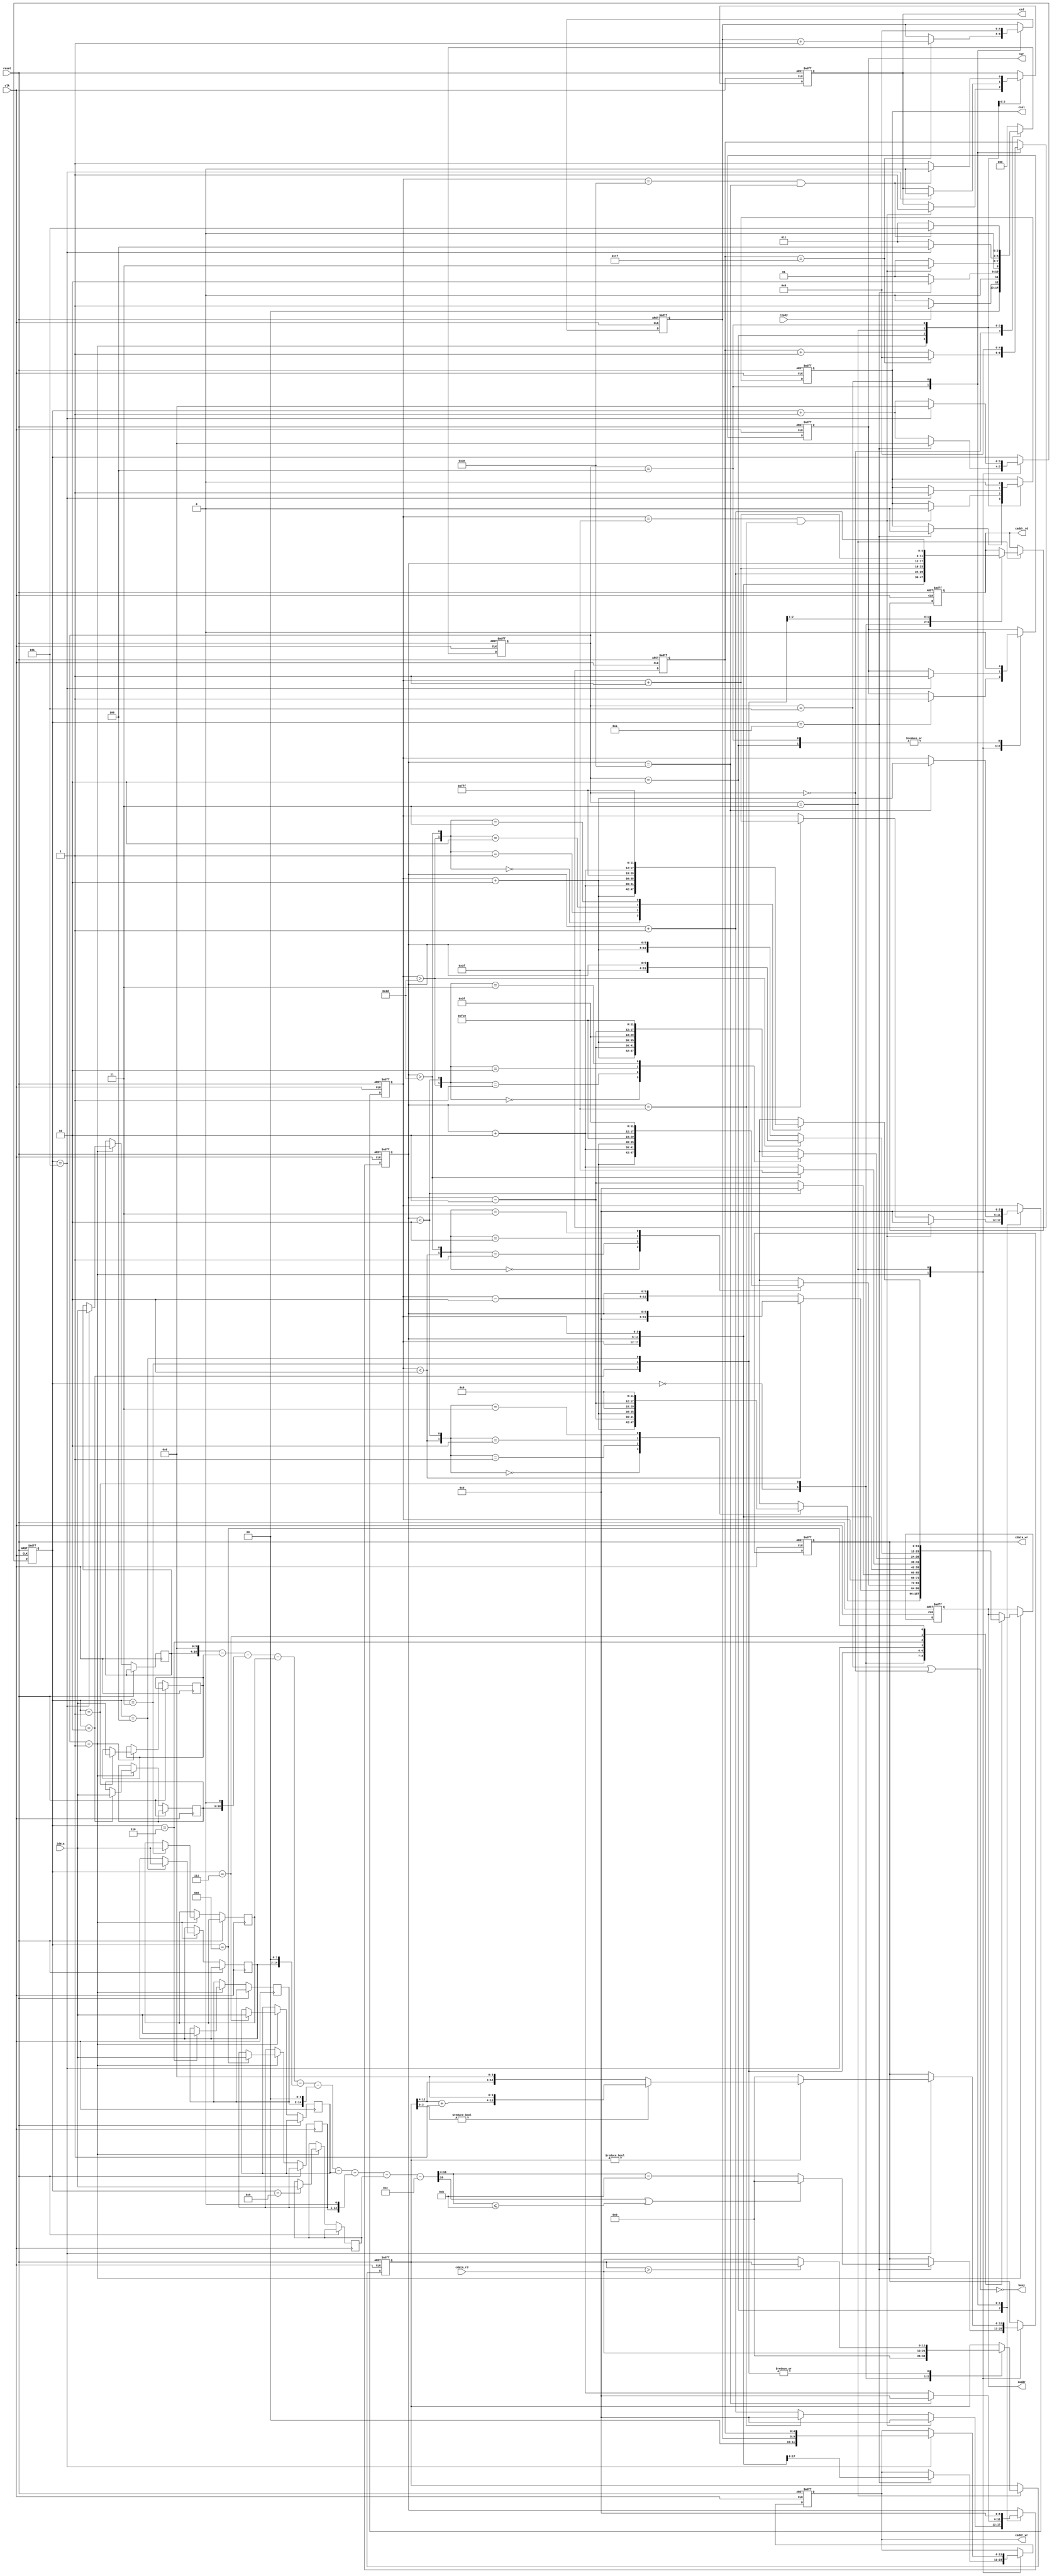
`timescale 1ns/10ps
module  ATCONV(
	input		clk,
	input		reset,
	output 	    busy,	
	input		ready,	
			
	output reg	[11:0]	iaddr,
	input signed [12:0]	idata,
	
	output	reg 	cwr,
	output  reg	[11:0]	caddr_wr,
	output reg 	[12:0] 	cdata_wr,
	
	output	reg 	crd,
	output reg	[11:0] 	caddr_rd,
	input 	[12:0] 	cdata_rd,
	
	output reg 	csel
	);

//=================================================
//            write your design below
//=================================================
	
	reg [2:0] cur_state, next_state;
	localparam IDLE = 3'd0;
	localparam READ_IMAGE = 3'd1;
	localparam WRITE_MEM0 = 3'd2;
	localparam READ_MEM0 = 3'd3;
	localparam WRITE_MEM1 = 3'd4;
	localparam FINISH = 3'd5;

	reg [5:0] col, row;
	reg [4:0] tempX_L0, tempY_L0;
	reg [3:0] cnt;
	
	wire [3:0] is_pad;
	assign is_pad[0] = (col < 6'd2);
	assign is_pad[1] = (col > 6'd61);
	assign is_pad[2] = (row < 6'd2);
	assign is_pad[3] = (row > 6'd61);

	assign busy = !(cur_state == FINISH || cur_state == IDLE);
	
    reg signed [12:0] img_buff[0:8];
	wire signed [29:0] conv_sum;
    assign conv_sum = (img_buff[4]<<4)-(img_buff[0])-(img_buff[1]<<1)-(img_buff[2])-(img_buff[3]<<2)-(img_buff[5]<<2)-(img_buff[6])-(img_buff[7]<<1)-(img_buff[8])-4'd12;

	reg [12:0] max;

	always @(posedge clk or posedge reset) begin
		if(reset) cur_state <= IDLE; 
		else cur_state <= next_state;
	end
	
	always @(*) begin
		case(cur_state)
			IDLE: begin
				if(ready == 1'b1) next_state = READ_IMAGE;
				else next_state = IDLE;
			end
			READ_IMAGE: begin
				if(cnt == 4'd10) next_state = WRITE_MEM0;
				else next_state = READ_IMAGE;
			end
			WRITE_MEM0: begin
				if(row == 6'd63 && col == 6'd63) next_state = READ_MEM0;
				else next_state = READ_IMAGE;
			end
			READ_MEM0: begin
				if(cnt == 4'd5) next_state = WRITE_MEM1;
				else next_state = READ_MEM0;
			end
			WRITE_MEM1: begin
				if(row == 6'd62 && col == 6'd62) next_state = FINISH;
				else next_state = READ_MEM0;
			end
			FINISH: begin
				next_state = IDLE;
			end
			default: begin
				next_state = IDLE;
			end
		endcase
	end

	always @(posedge clk or posedge reset) begin
		if(reset) begin
			col <= 6'd0;
			row <= 6'd0;
			cnt <= 4'd0;
			tempX_L0 <= 5'd0;
			tempY_L0 <= 5'd0;
			csel <= 1'b0;
			cwr <= 1'b0;
			crd <= 1'b0;
			max <= 13'd0;
			iaddr <= 12'd0;
			caddr_rd <= 12'd0;
			caddr_wr <= 12'd0;
			cdata_wr <= 13'd0;
		end
		else begin
			case(cur_state)
				READ_IMAGE: begin
					case(cnt)
						4'd0: begin  // {row-2, col-2}
							case({is_pad[2], is_pad[0]})
								2'b00: iaddr <= {row-6'd2, col-6'd2};
								2'b01: iaddr <= {row-6'd2, 6'd0};
								2'b10: iaddr <= {6'd0, col-6'd2};
								2'b11: iaddr <= {6'd0, 6'd0};
						    endcase
						end
						4'd1: begin  // {row-2, col}
							if(is_pad[2] == 1'b1) iaddr <= {6'd0, col};
							else iaddr <= {row-6'd2, col};
                            img_buff[0] <= idata;
						end
						4'd2: begin  // {row-2, col+2}
							case({is_pad[2], is_pad[1]})
								2'b00: iaddr <= {row-6'd2, col+6'd2};
								2'b01: iaddr <= {row-6'd2, 6'd63};
								2'b10: iaddr <= {6'd0, col+6'd2};
								2'b11: iaddr <= {6'd0, 6'd63};
							endcase
                            img_buff[1] <= idata;
						end
						4'd3: begin  // {row, col-2}
							if(is_pad[0] == 1'b1) iaddr <= {row, 6'd0};
							else iaddr <= {row, col-6'd2};
                            img_buff[2] <= idata;
						end
						4'd4: begin  // {row, col}
							iaddr <= {row, col};
                            img_buff[3] <= idata;
						end
						4'd5: begin  // {row, col+2}
							if(is_pad[1] == 1'b1) iaddr <= {row, 6'd63};
							else iaddr <= {row, col+6'd2};
                            img_buff[4] <= idata;
						end
						4'd6: begin  // {row+2, col-2}
							case({is_pad[3], is_pad[0]})
								2'b00: iaddr <= {row+6'd2, col-6'd2};
								2'b01: iaddr <= {row+6'd2, 6'd0};
								2'b10: iaddr <= {6'd63, col-6'd2};
								2'b11: iaddr <= {6'd63, 6'd0};
							endcase
                            img_buff[5] <= idata;
						end
						4'd7: begin  // {row+2, col}
							if(is_pad[3] == 1'b1) iaddr <= {6'd63, col};
							else iaddr <= {row+6'd2, col};
                            img_buff[6] <= idata;
						end
						4'd8: begin  // {row+2, col+2}
							case({is_pad[3], is_pad[1]})
								2'b00: iaddr <= {row+6'd2, col+6'd2};
								2'b01: iaddr <= {row+6'd2, 6'd63};
								2'b10: iaddr <= {6'd63, col+6'd2};
								2'b11: iaddr <= {6'd63, 6'd63};
							endcase
                            img_buff[7] <= idata;
						end
						4'd9: begin
                            img_buff[8] <= idata;
						end
						4'd10: begin
							caddr_wr <= {row, col};
							cdata_wr <= (conv_sum[16] || conv_sum[16:4] <= 13'd11)? 13'd0 : conv_sum[16:4]-13'd11;
						end
					endcase

					if(cnt == 10) begin
						cnt <= 4'd0;
						cwr <= 1'b1;
						csel <= 1'b0;
					end
					else 
						cnt <= cnt + 4'd1;
				end
				WRITE_MEM0: begin
					cwr <= 1'b0;
					
					if(col == 6'd63) begin
						col <= 6'd0;
						row <= row + 6'd1;
					end
					else 
						col <= col + 6'd1;

					if(row == 6'd63 && col == 6'd63) begin
						row <= 6'd0;
						col <= 6'd0;
						cwr <= 1'b0;
						crd <= 1'b1;
						csel <= 1'b0;
					end
				end
				READ_MEM0: begin
					case(cnt)
						4'd0: begin
							caddr_rd <= {row, col};
							max <= 13'd0;
						end
						4'd1: begin
							caddr_rd <= {row, col+6'd1};
							max <= cdata_rd;
						end
						4'd2: begin
							caddr_rd <= {row+6'd1, col};
							max <= (max > cdata_rd)? max : cdata_rd; 
						end
						4'd3: begin
							caddr_rd <= {row+6'd1, col+6'd1};
							max <= (max > cdata_rd)? max : cdata_rd; 
						end
						4'd4: begin
							max <= (max > cdata_rd)? max : cdata_rd;
						end
						4'd5: begin 
							caddr_wr <= {tempY_L0, tempX_L0};
							if(max != 13'd0) begin
								if(max[3:0] != 13'd0) cdata_wr <= (max[12:4] + 1) << 4;
								else cdata_wr <= max[12:4] << 4;
							end
							else 
								cdata_wr <= 13'd0;
						end
					endcase

					if(cnt == 4'd5) begin
						cnt <= 4'd0;
						cwr <= 1'b1;
						crd <= 1'b0;
						csel <= 1'b1;
					end
					else 
						cnt <= cnt + 4'd1;
				end
				WRITE_MEM1: begin
					if(tempX_L0 == 5'd31) begin
						tempY_L0 <= tempY_L0 + 5'd1;
						tempX_L0 <= 5'd0;
					end
					else 
						tempX_L0 <= tempX_L0 + 5'd1;
					
					if(col == 6'd62) begin
						col <= 6'd0;
						row <= row + 6'd2;
					end
					else
						col <= col + 6'd2;
					
					if(row == 6'd62 && col == 6'd62) begin
						cwr <= 1'b0;
						crd <= 1'b0;
						csel <= 1'b0;
					end
					else begin
						cwr <= 1'b0;
						crd <= 1'b1;
						csel <= 1'b0;
					end
				end
				FINISH: begin
					row <= 6'd0;
					col <= 6'd0;
					tempX_L0 <= 5'd0;
					tempY_L0 <= 5'd0;
				end
			endcase
		end
	end

endmodule